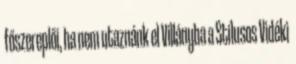
főszereplői, ha nem utaznánk el Villányba a Stílusos Vidéki